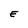
Character: E